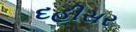
દહીસર